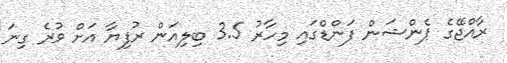
ރާއްޖޭގެ ޕެންޝަން ފަންޑްގައި މިހާރު 3.5 ބިލިއަން ރުފިޔާ އަށް ވުރެ ގިނަ